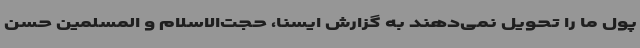
پول ما را تحویل نمی‌دهند به گزارش ایسنا، حجت‌الاسلام و المسلمین حسن